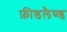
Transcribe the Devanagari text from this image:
फ्रीडलैण्ड